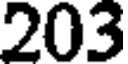
203